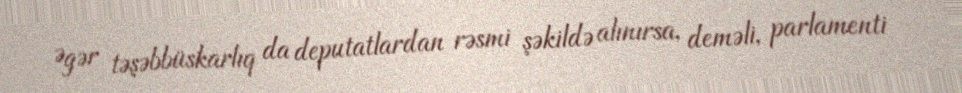
Əgər təşəbbüskarlıq da deputatlardan rəsmi şəkildə alınırsa, deməli, parlamenti